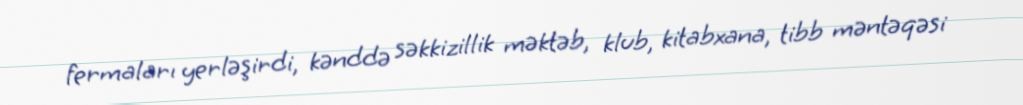
fermaları yerləşirdi, kənddə səkkizillik məktəb, klub, kitabxana, tibb məntəqəsi